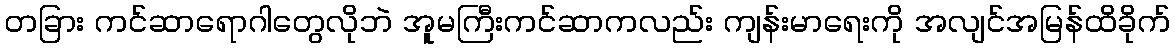
တခြား ကင်ဆာရောဂါတွေလိုဘဲ အူမကြီးကင်ဆာကလည်း ကျန်းမာရေးကို အလျင်အမြန်ထိခိုက်